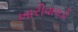
ખારીવાવડી